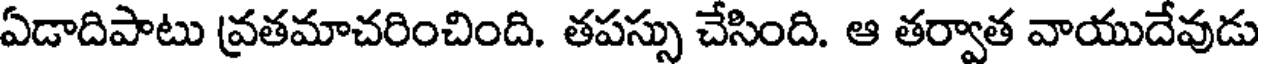
ఏడాదిపాటు వ్రతమాచరించింది. తపస్సు చేసింది. ఆ తర్వాత వాయుదేవుడు